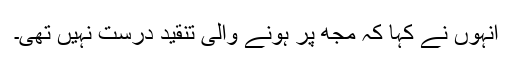
انہوں نے کہا کہ مجھ پر ہونے والی تنقید درست نہیں تھی۔